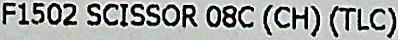
F1502 SCISSOR 08C (CH) (TLC)